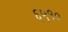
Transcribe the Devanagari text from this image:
६५१०